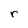
Character: r